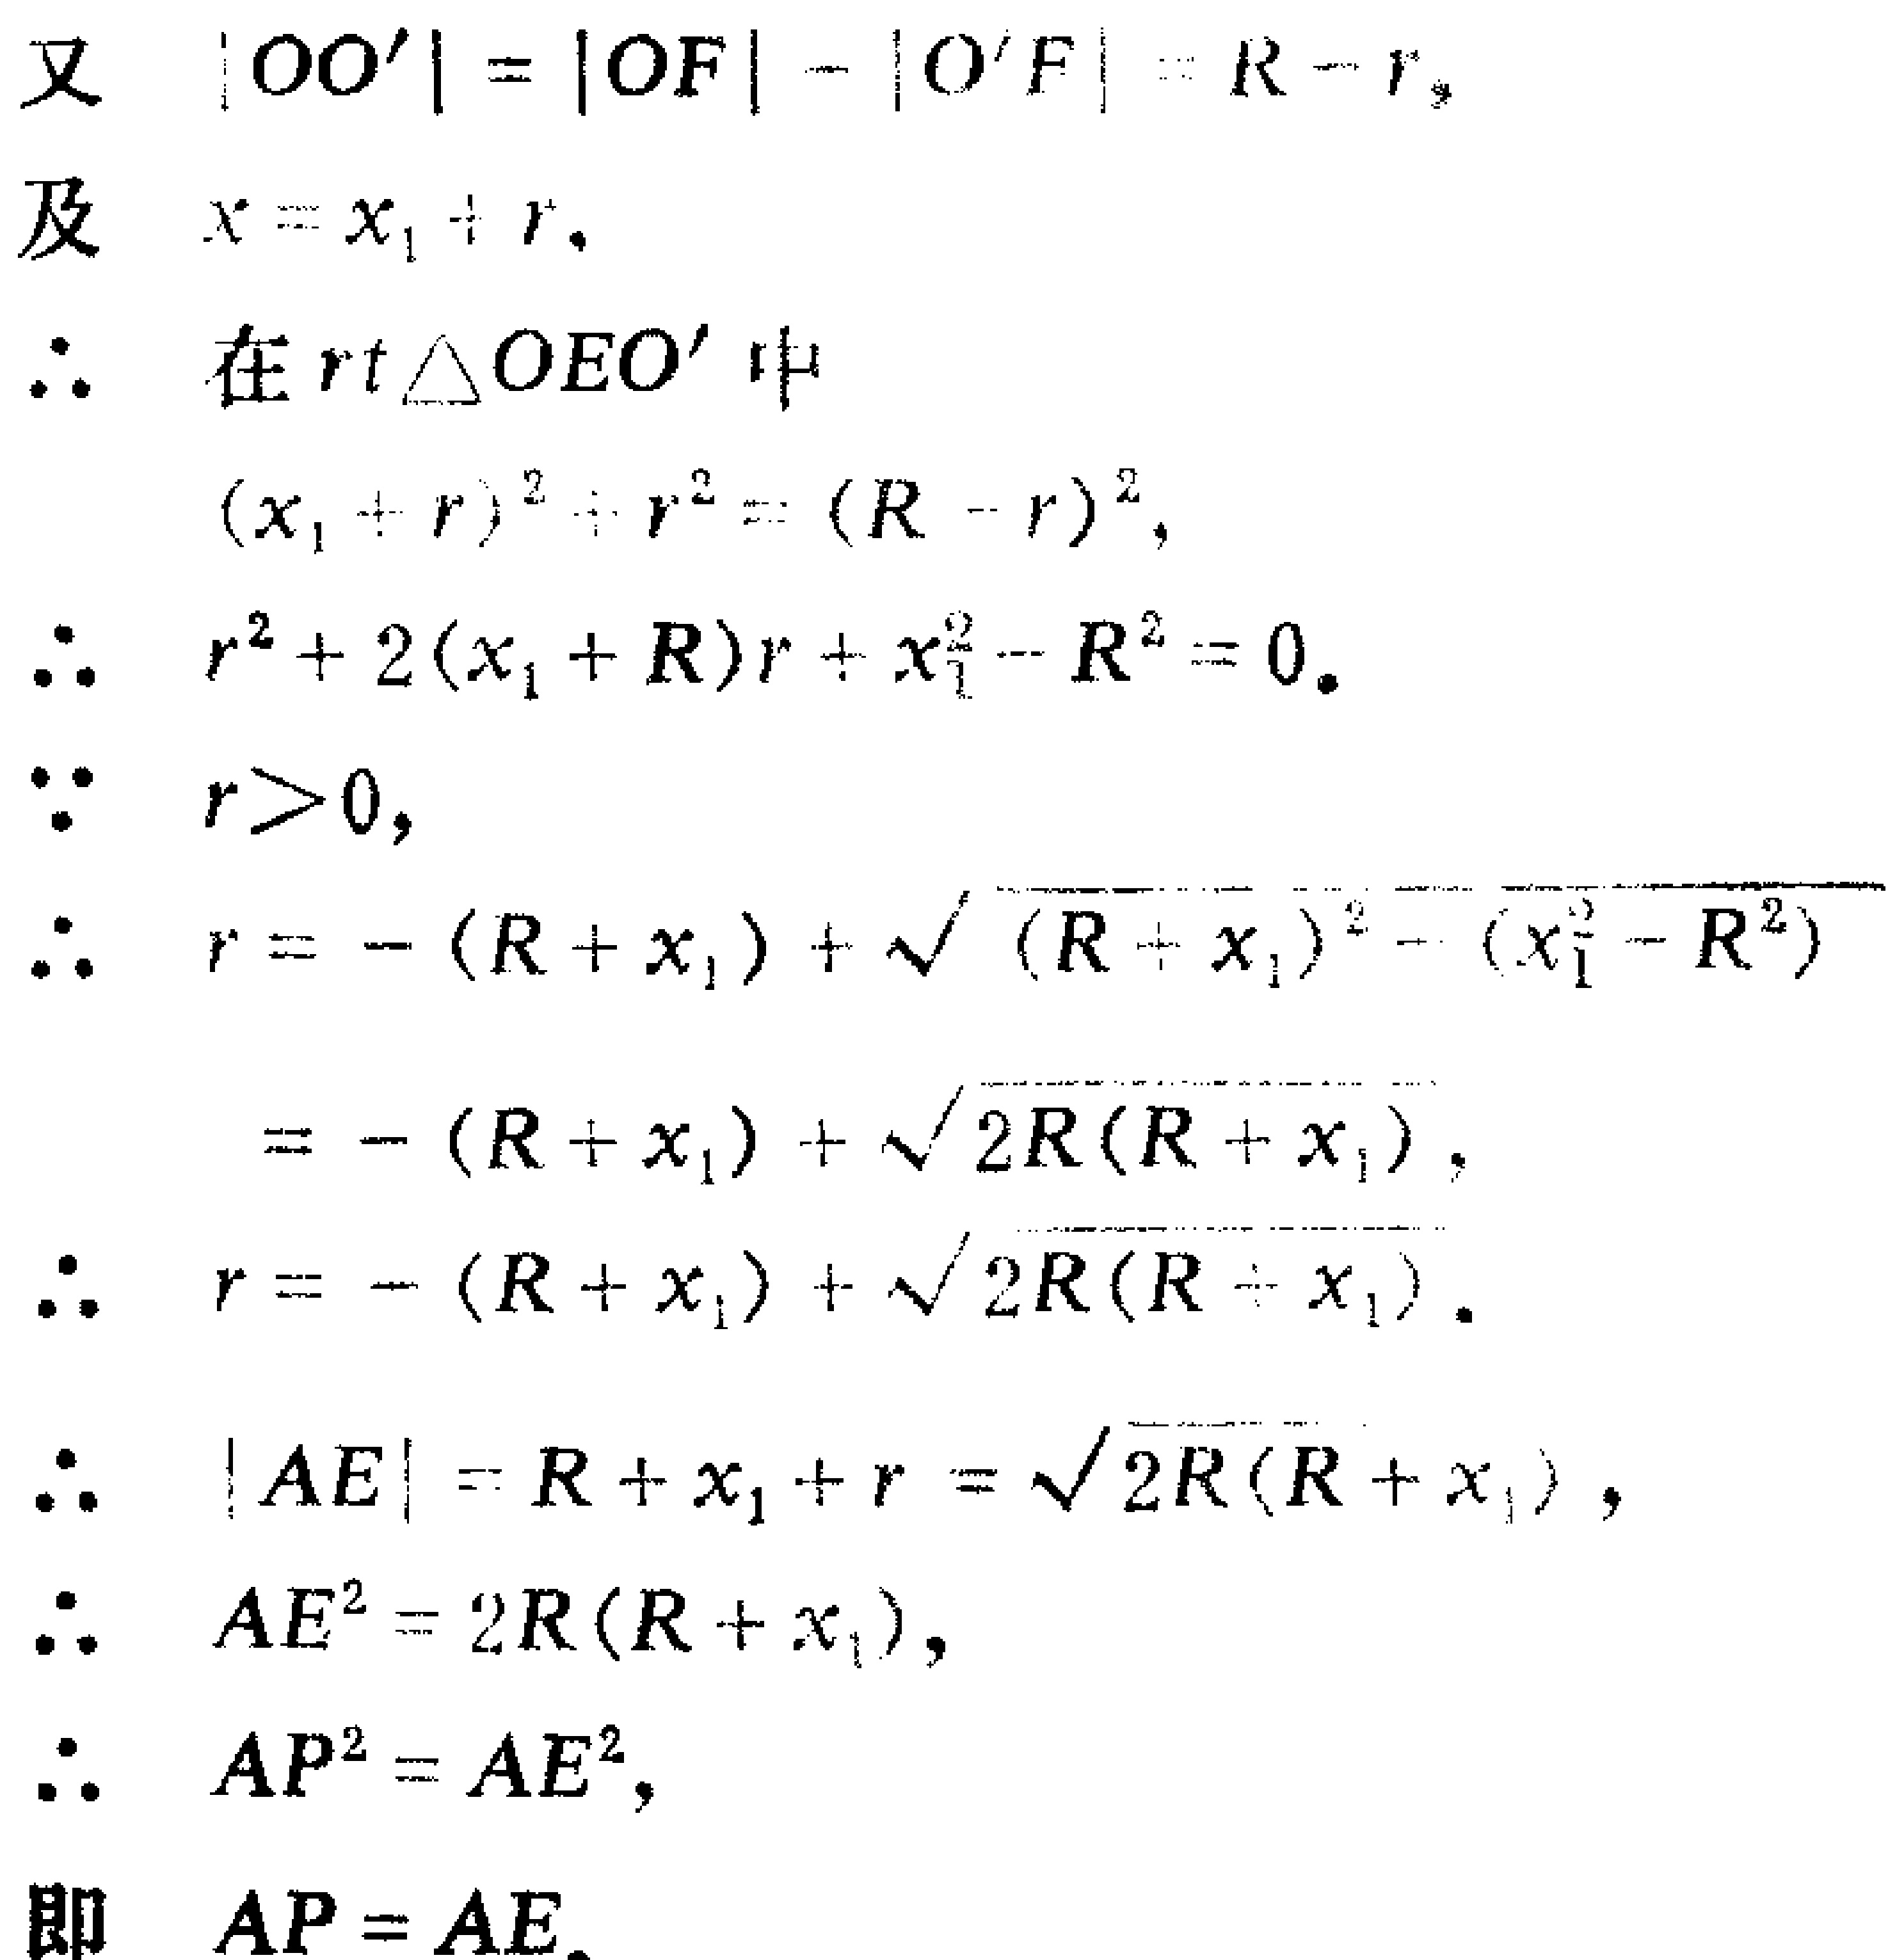
\[
\begin{align*}
&\text{又 }|OO'| = |OF| - |O'F| = R - r,\\
&\text{及 }x = x_1 + r.\\
&\therefore \text{ 在}rt\triangle OEO'\text{ 中}\\
&(x_1 + r)^2 + r^2 = (R - r)^2,\\
&\therefore r^2 + 2(x_1 + R)r + x_1^2 - R^2 = 0.\\
&\because r>0,\\
&\therefore r = -(R + x_1) + \sqrt{(R + x_1)^2 - (x_1^2 - R^2)}\\
&= -(R + x_1) + \sqrt{2R(R + x_1)},\\
&\therefore r = -(R + x_1) + \sqrt{2R(R + x_1)}.\\
&\therefore |AE| = R + x_1 + r = \sqrt{2R(R + x_1)},\\
&\therefore AE^2 = 2R(R + x_1),\\
&\therefore AP^2 = AE^2,\\
&\text{即 }AP = AE.
\end{align*}
\]